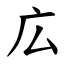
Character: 広